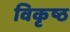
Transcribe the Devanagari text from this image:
विकृष्ठ